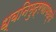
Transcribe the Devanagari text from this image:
ध्वनिमुद्रणामध्ये